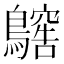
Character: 𪆥